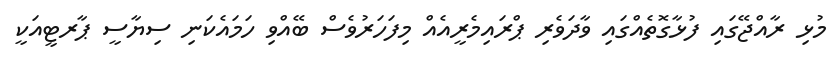
މުޅި ރާއްޖޭގައި ފުޅާގޮތެއްގައި ވާދަވެރި ޕްރައިމެރީއެއް މިފަހަރުވެސް ބޭއްވި ހަމައެކަނި ސިޔާސީ ޕާރޓީއަކީ